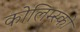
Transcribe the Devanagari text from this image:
कोलिम्स्की